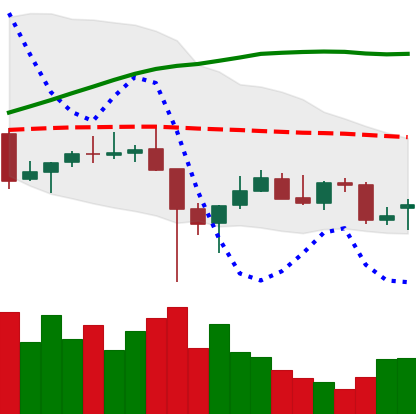
Ticker: TRX-USD
Chart end date: 2021-12-15
Forward return: -11.502%
Label: down_7plus